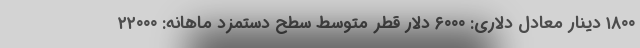
۱۸۰۰ دینار معادل دلاری: ۶۰۰۰ دلار قطر متوسط سطح دستمزد ماهانه: ۲۲۰۰۰